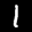
Label: 1